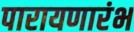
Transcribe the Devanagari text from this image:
पारायणारंभ